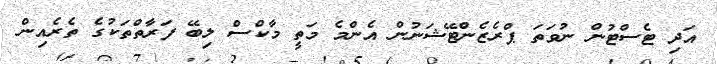
އަދި ޓެސްޓުން ނުވަތަ ޕްރެޒެންޓޭޝަނުން އެންމެ މަތީ މާކްސް ލިބޭ ފަރާތްތަކުގެ ތެރެއިން